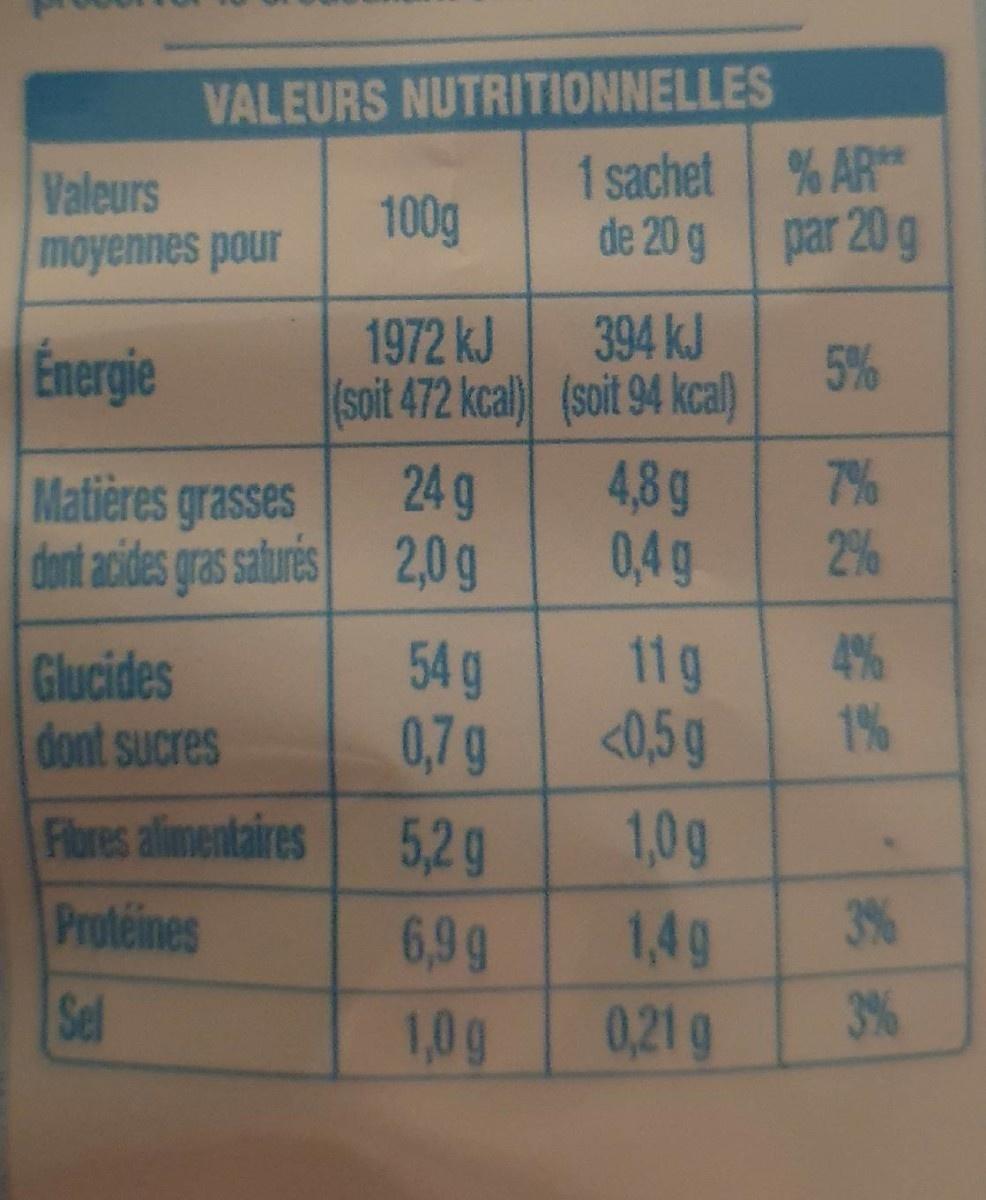
VALEURS NUTRITIONNELLES
Valeurs moyennes pour
1 sachet % AR de 20 g par 20 g
100g
394 kJ (soit 472 kcal) (soit 94 kcal) 4,8g 0,4 g
1972 kJ
Énergie
5%
Matières grasses
7% 2%
24 g
dont acides gras saturis 2,0 g
Glucides dont sucres
54 g 0,7g Fibres alimentaires
11g <0,5g
4% 1%
5,2g
1,0g
Protéines
6,9g
1,4g
3%
Sel
1,0g
0,21 g
3%